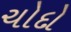
ચોદો